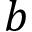
b